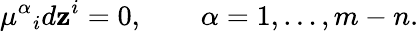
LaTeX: \mu^{\alpha}{}_{i}d\mathbf{z}^{i}=0,\qquad\alpha=1,\ldots,m-n.